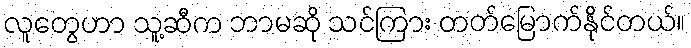
လူတွေဟာ သူ့ဆီက ဘာမဆို သင်ကြား တတ်မြောက်နိုင်တယ်။